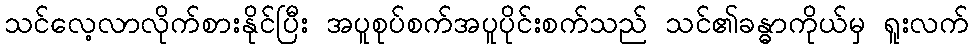
သင်လေ့လာလိုက်စားနိုင်ပြီး အပူစုပ်စက်အပူပိုင်းစက်သည် သင်၏ခန္ဓာကိုယ်မှ ရူးလက်